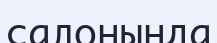
салонында